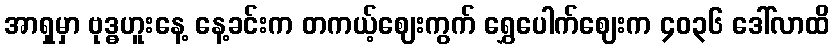
အာရှမှာ ဗုဒ္ဓဟူးနေ့ နေ့ခင်းက တကယ့်ဈေးကွက် ရွှေပေါက်ဈေးက ၄၀၃၆ ဒေါ်လာထိ